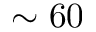
\sim 6 0